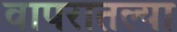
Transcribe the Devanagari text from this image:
वापरातल्या